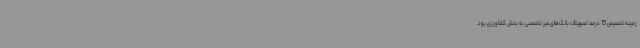
زمینه تخصیص 15 درصد تسهیلات بانک‌های غیر تخصصی به بخش کشاورزی بود.